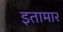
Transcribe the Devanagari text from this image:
इतामार